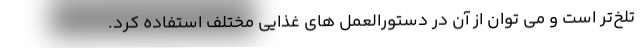
تلخ‌تر است و می توان از آن در دستورالعمل های غذایی مختلف استفاده کرد.